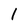
Character: 1